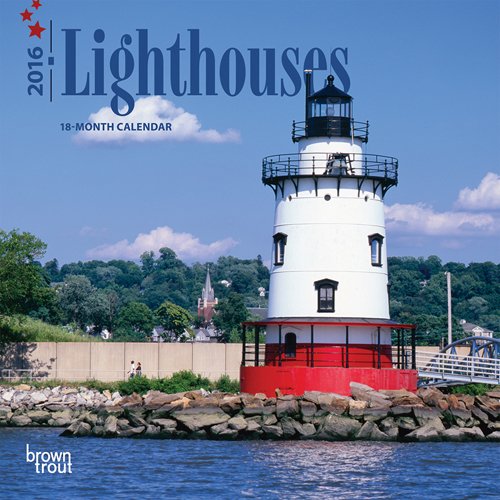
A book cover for Lighthouses 2016 Mini 7x7; Browntrout Publishers; Calendars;